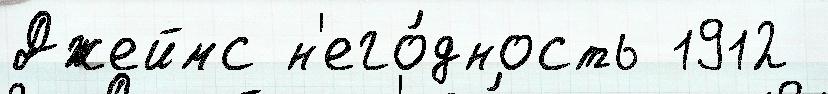
Джеймс н'его́дность 1912